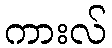
ကားလ်